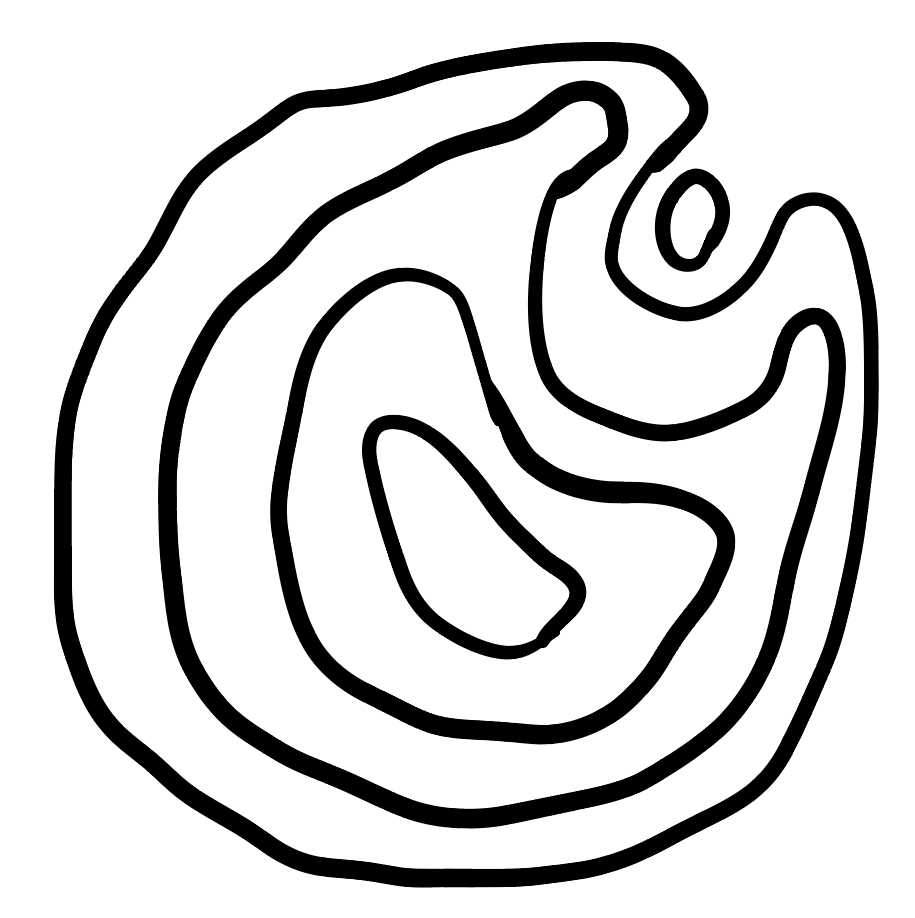
Number of regions (including the outer root region): 6
Containment tree edges (parent, child): 0, 1, 0, 2, 2, 3, 3, 4, 4, 5